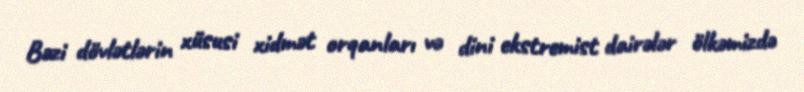
Bəzi dövlətlərin xüsusi xidmət orqanları və dini ekstremist dairələr ölkəmizdə